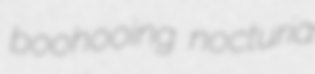
boohooing nocturia